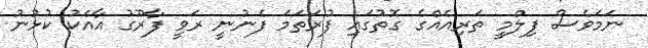
ނަމަވެސް ފިލްމީ ތަރިއެއްގެ ގޮތުގައި ފުރަތަމަ ފެނުނީ ރަވީ ފާރޫގު އާއެކު ކުޅުނު